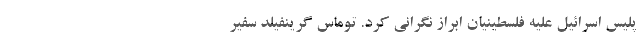
پلیس اسرائیل علیه فلسطینیان ابراز نگرانی کرد. توماس گرینفیلد سفیر